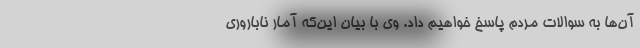
آن‌ها به سوالات مردم پاسخ خواهیم داد. وی با بیان این‌که آمار ناباروری